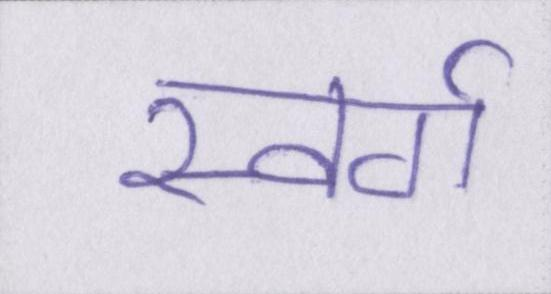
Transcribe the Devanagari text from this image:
स्वर्ग